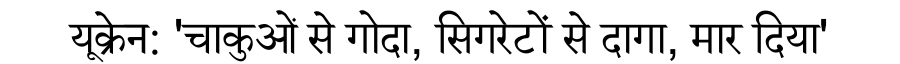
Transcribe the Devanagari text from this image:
यूक्रेन: 'चाकुओं से गोदा, सिगरेटों से दागा, मार दिया'